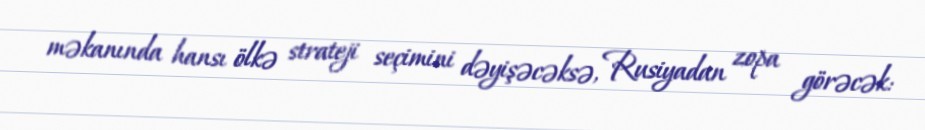
məkanında hansı ölkə strateji seçimini dəyişəcəksə, Rusiyadan zopa görəcək: